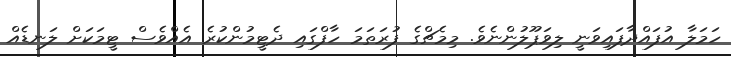
ހަމަލާ އުފައްދާފައިވަނީ ލިވަޕޫލުންނެވެ. މިމެޗްގެ ފުރަތަމަ ހާފްގައި ދެޓީމުންކުރެ އެއްވެސް ޓީމަކަށް ލަނޑެއް